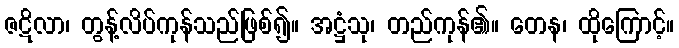
ဇဋိလာ၊ တွန့်လိပ်ကုန်သည်ဖြစ်၍။ အဋ္ဌံသု၊ တည်ကုန်၏။ တေန၊ ထိုကြောင့်။